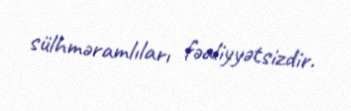
sülhməramlıları fəaliyyətsizdir.